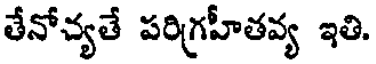
తేనోచ్యతే పరిగ్రహీతవ్య ఇతి.